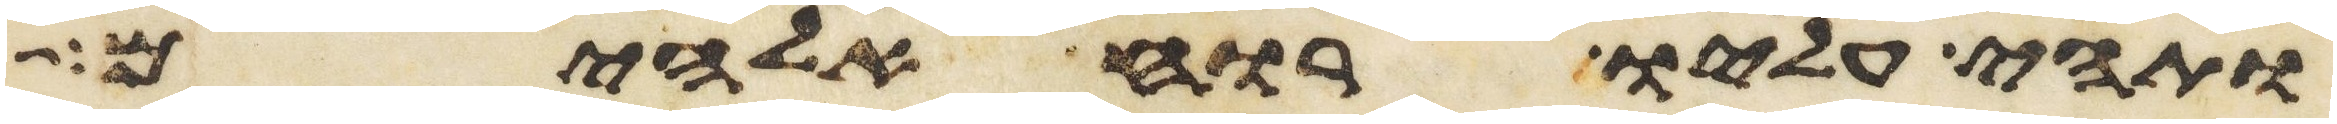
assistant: ותהי עליו רוח אלהים